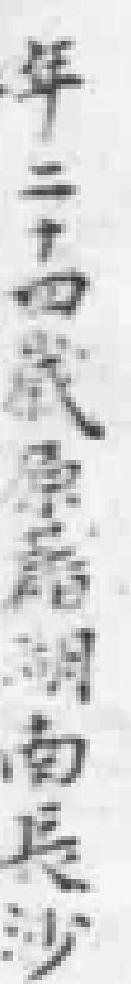
年二十四歲原籍湖南長沙